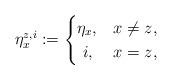
LaTeX: \begin{align*} \eta^{z,i}_x := \begin{cases} \eta_x, & x \neq z, \\\ i, & x = z, \end{cases} \end{align*}